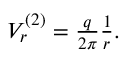
\begin{array} { r } { V _ { r } ^ { ( 2 ) } = \frac { q } { 2 \pi } \frac { 1 } { r } . } \end{array}